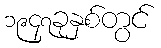
၁၉၄၇ခုနှစ်တွင်